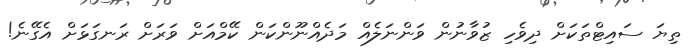
ތިޔަ ސައިޓްތަކަށް ދިވެހި ޒުވާނުން ވަންނަލެއް މަދެއްނޫންކަން ކޭމްއަށް ވަރަށް ރަނގަޅަށް އެގޭނެ!